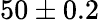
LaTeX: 50\pm 0.2\